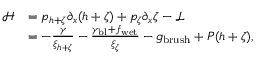
\begin{array} { r l } { \mathcal { H } } & { = p _ { h + \zeta } \partial _ { x } ( h + \zeta ) + p _ { \zeta } \partial _ { x } \zeta - \mathcal { L } } \\ & { = - \frac { \gamma } { \xi _ { h + \zeta } } - \frac { \gamma _ { \mathrm { b l } } + f _ { \mathrm { w e t } } } { \xi _ { \zeta } } - g _ { \mathrm { b r u s h } } + P ( h + \zeta ) , } \end{array}